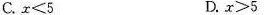
C.$$x < 5$$ D.$$x > 5$$